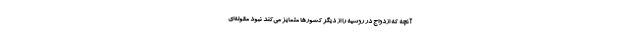
آنچه که ازدواج در روسیه را از دیگر کشور‌ها متمایز می‌کند نبود مقوله‌ای